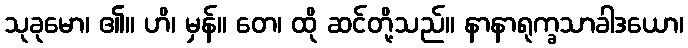
သုခုမော၊ ၏။ ဟိ၊ မှန်။ တေ၊ ထို ဆင်တို့သည်။ နာနာရုက္ခသာခါဒယော၊